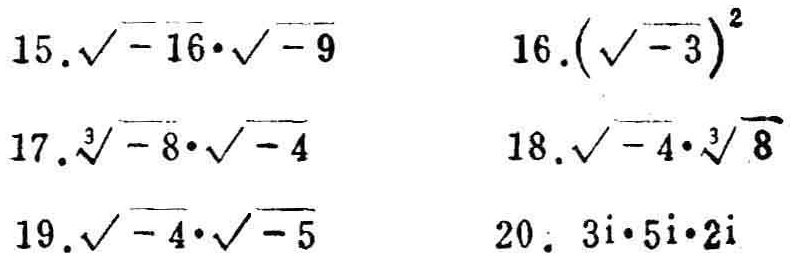
15. $\sqrt{-16}\cdot\sqrt{-9}$
16. $(\sqrt{-3})^2$
17. $\sqrt[3]{-8}\cdot\sqrt{-4}$
18. $\sqrt{-4}\cdot\sqrt[3]{8}$
19. $\sqrt{-4}\cdot\sqrt{-5}$
20. $3i\cdot5i\cdot2i$